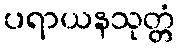
ပရာယနသုတ္တံ